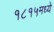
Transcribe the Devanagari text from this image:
१८१५मध्ये